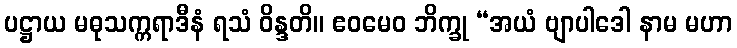
ပဋ္ဌာယ မဓုသက္ကရာဒီနံ ရသံ ဝိန္ဒတိ။ ဧဝမေဝ ဘိက္ခု “အယံ ဗျာပါဒေါ နာမ မဟာ